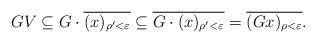
LaTeX: \begin{gather*} GV \subseteq G \cdot \overline{(x)_{\rho'<\varepsilon}} \subseteq \overline{G \cdot (x)_{\rho'<\varepsilon}} = \overline{(G x)_{\rho<\varepsilon}}. \end{gather*}